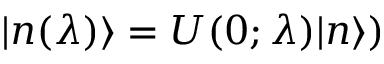
| n ( \lambda ) \rangle = U ( 0 ; \lambda ) | n \rangle )